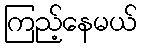
ကြည့်နေမယ်